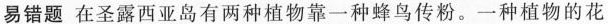
易错题 在圣露西亚岛有两种植物靠一种蜂鸟传粉。一种植物的花